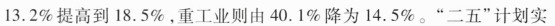
13.2%提高到18.5%。重工业则由40.1%降为14.5%。”二五”计划实